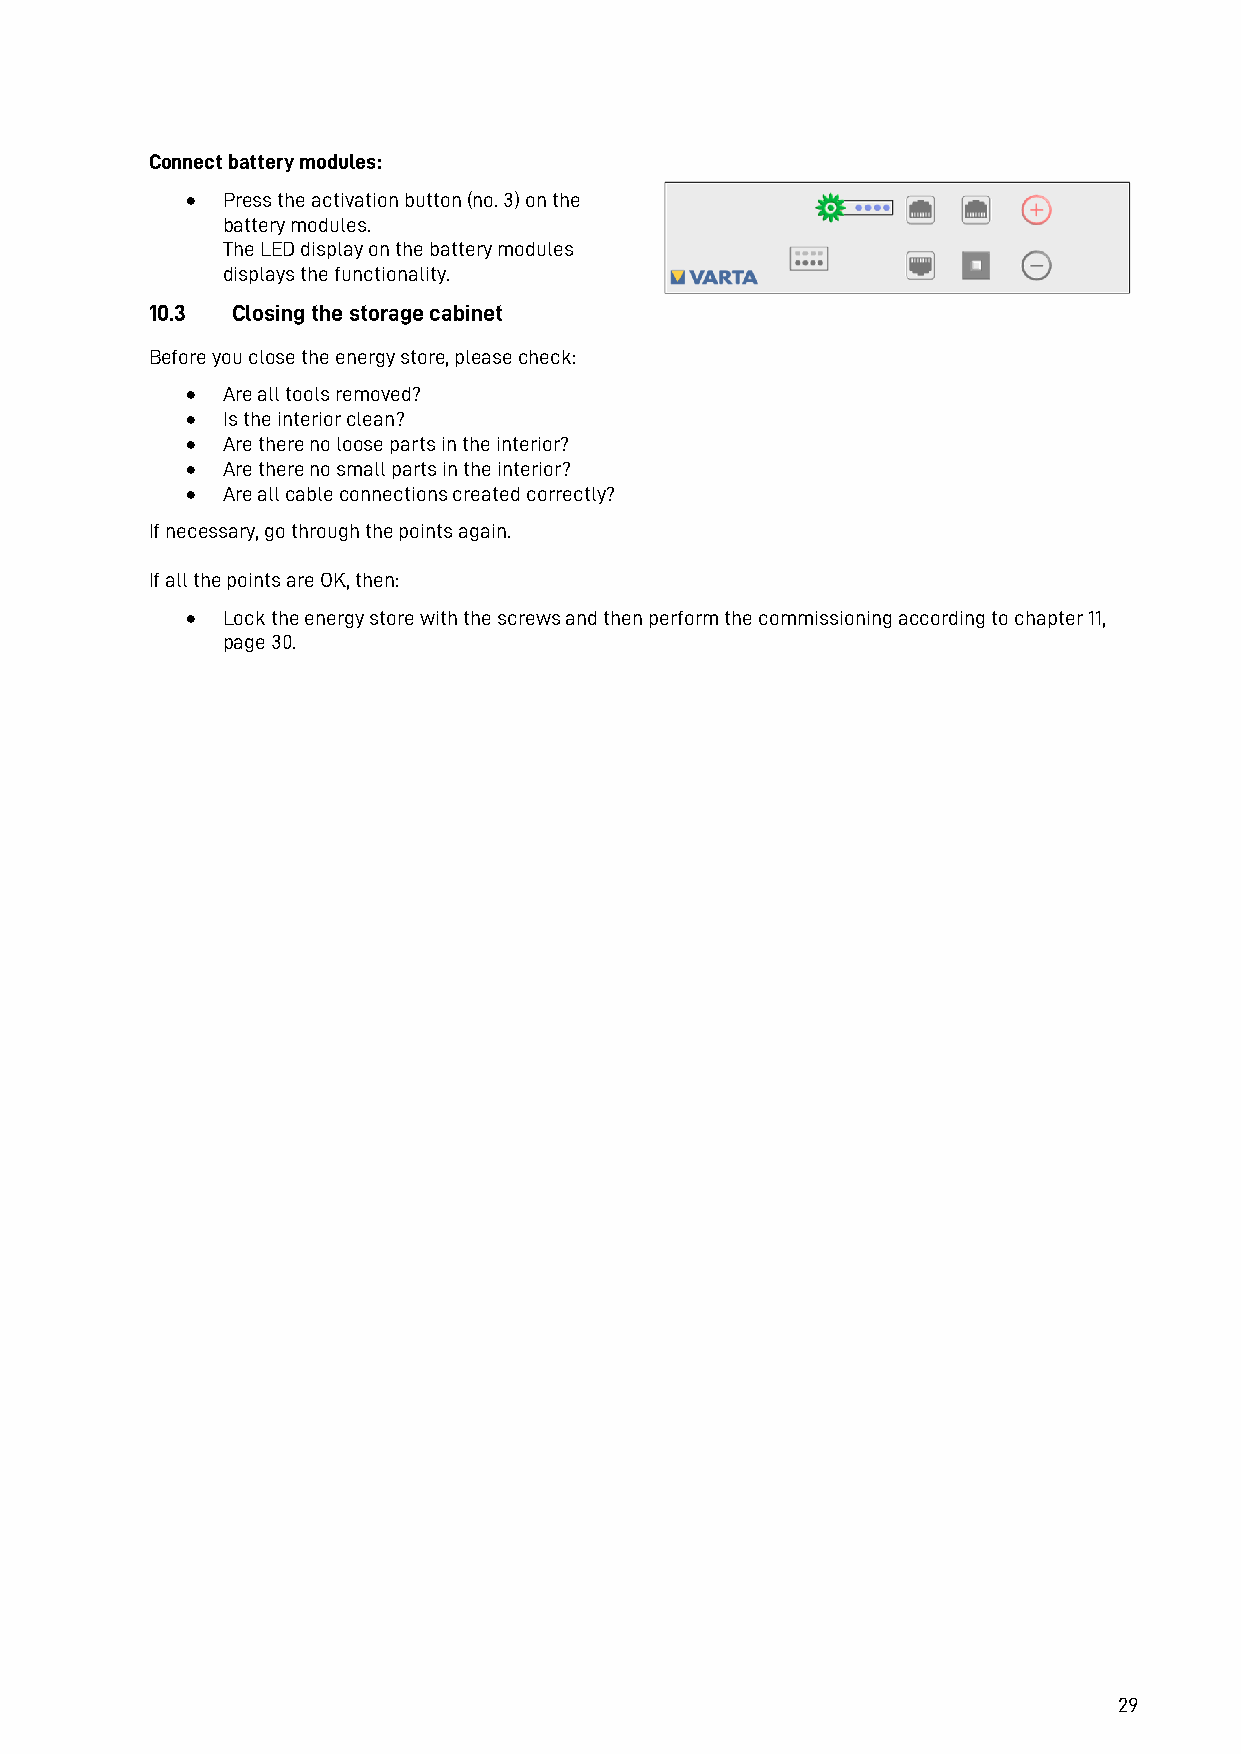
Connect battery modules:
 •  Press the activation button (no. 3) on the
 battery modules.
 The LED display on the battery modules
 displays the functionality.
 10.3 Closing the storage cabinet
 Before you close the energy store, please check:
 •  Are all tools removed?
 •  Is the interior clean?
 •  Are there no loose parts in the interior?
 •  Are there no small parts in the interior?
 •  Are all cable connections created correctly?
 If necessary, go through the points again.
 If all the points are OK, then:
 •  Lock the energy store with the screws and then perform the commissioning according to chapter 11,
 page 30.
 29